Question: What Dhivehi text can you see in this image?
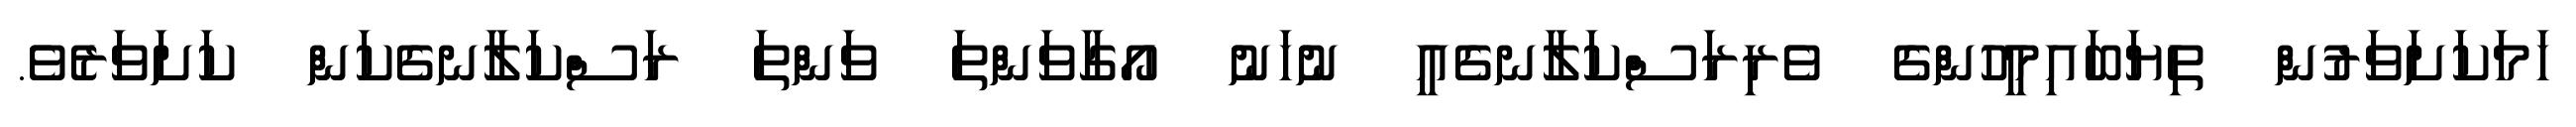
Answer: ހަމަކަށަވަރުން ތިޔަބައިމީހުންގެ ވެރިރަސްކަލާނގެއީ ނުހަނު އޯގާވަންތަ ވަންތަ ރަސްކަލާނގެކަން ކަށަވަރެވެ.